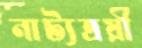
নাট্যত্রয়ী